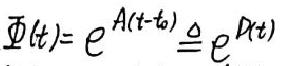
\(\varPhi (t)=e^{A(t - t_0)}\triangleq e^{D(t)}\)